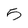
Character: 5